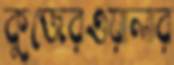
কুজেরওয়ালার